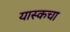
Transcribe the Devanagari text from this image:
यास्कचा